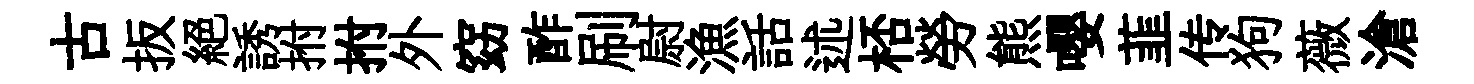
古扳絕誘拊拊外窈酢刷尉漁話述桮勞熊嚶韮传狗薇滄